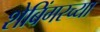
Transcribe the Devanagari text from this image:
शेबिंगरच्या